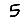
Digit: 5